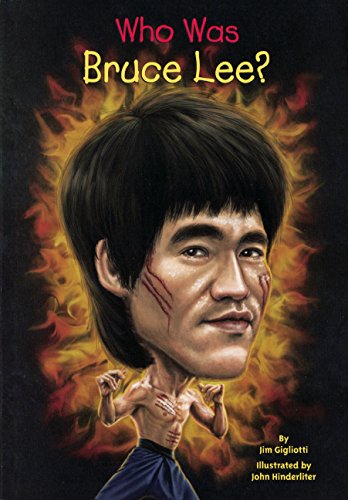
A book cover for Who Was Bruce Lee? (Turtleback School & Library Binding Edition); Jim Gigliotti; Children's Books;